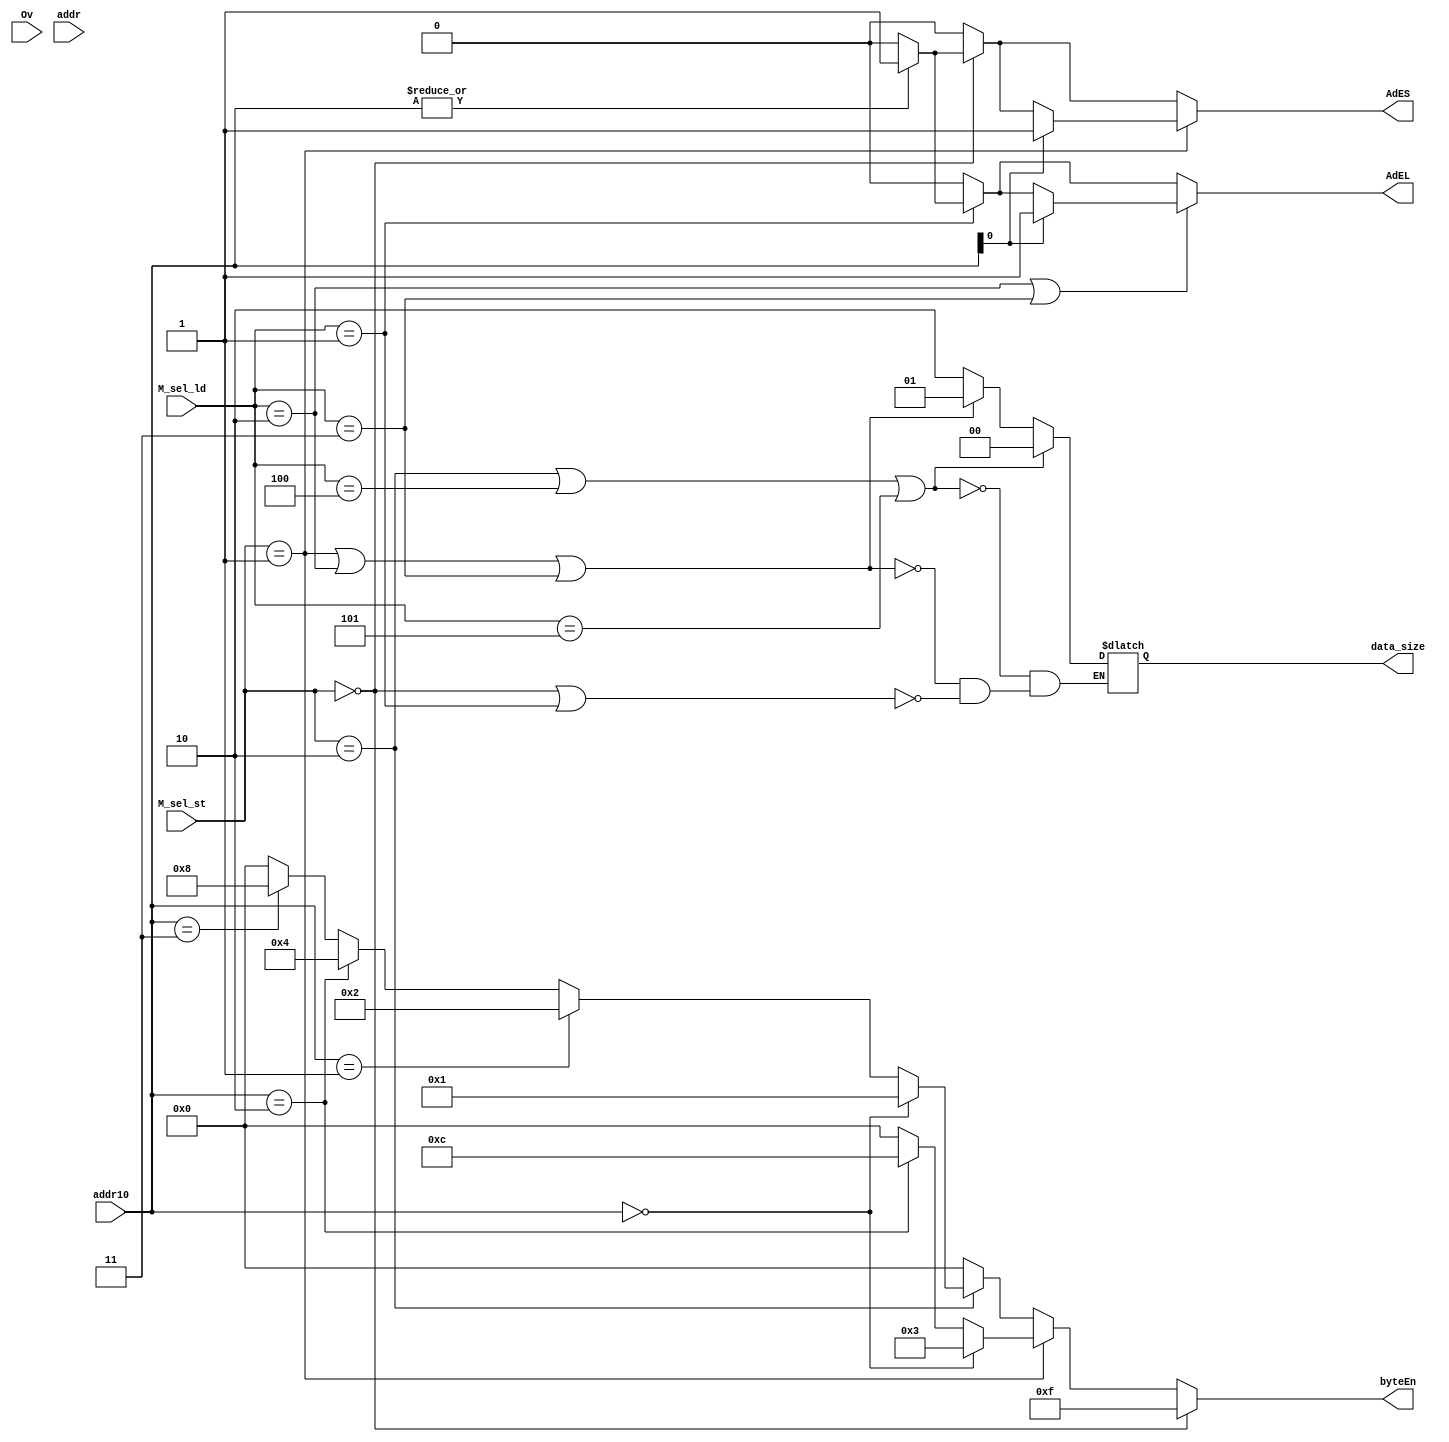
`define sw 2'b00
`define sh 2'b01
`define sb 2'b10

`define lw  3'd1
`define lh  3'd2
`define lhu 3'd3
`define lb  3'd4
`define lbu 3'd5


module M_BE (
    input        Ov,
    input  [31:0]addr,
    output reg  AdES,
    output reg  AdEL,
    output reg [1:0]  data_size,

    input  [1:0] M_sel_st,
    input  [2:0] M_sel_ld,

    input  [1:0] addr10,
    output [3:0] byteEn
);
    assign byteEn = (M_sel_st == `sw) ? 4'b1111 :
                    (M_sel_st == `sh) ? (
                        (addr10 == 2'b00) ? 4'b0011 :
                        (addr10 == 2'b10) ? 4'b1100 : 4'b0
                    ) :
                    (M_sel_st == `sb) ? (
                        (addr10 == 2'b00) ? 4'b0001 :
                        (addr10 == 2'b01) ? 4'b0010 : 
                        (addr10 == 2'b10) ? 4'b0100 :
                        (addr10 == 2'b11) ? 4'b1000 : 4'b0
                    ) : 4'b0000;


    always @(*) begin
        AdES = 0;
        AdEL = 0;

        if (M_sel_st == `sw || M_sel_ld == `lw) 
            data_size = 2'b10;
        if (M_sel_st == `sh || M_sel_ld == `lh || M_sel_ld == `lhu)
            data_size = 2'b01;
        if (M_sel_st == `sb || M_sel_ld == `lb || M_sel_ld == `lbu)
            data_size = 2'b00;



        if (M_sel_st == `sw) begin          //
            if (|addr10[1:0])  AdES = 1'b1;
        end
        if (M_sel_st == `sh) begin          //
            if (addr10[0])  AdES = 1'b1;
        end

        if (M_sel_ld == `lw) begin          //
            if (|addr10[1:0])  AdEL = 1'b1;
        end
        if (M_sel_ld == `lh || M_sel_ld == `lhu) begin          //
            if (addr10[0])  AdEL = 1'b1;
        end


        // if (M_sel_st == `sh || M_sel_st == `sb) begin   // save timer with sb & sh
        //     if ((addr >= 32'h7f00 && addr <= 32'h7f0b)
        //       ||(addr >= 32'h7f10 && addr <= 32'h7f1b)) AdES = 1'b1;
        // end
        // if (M_sel_st == `sw || M_sel_st == `sh || M_sel_st == `sb) begin 
        //     if ((addr >= 32'h7f08 && addr <= 32'h7f0b)      // save timer.count with store
        //       ||(addr >= 32'h7f18 && addr <= 32'h7f1b)) AdES = 1'b1;
        //     if (Ov) AdES = 1'b1;                            // arch overflow
        //     if (!((addr >= 32'h7f00 && addr <= 32'h7f0b)    // addr overflow  
        //       ||(addr >= 32'h7f10 && addr <= 32'h7f1b)
        //       ||(addr >= 32'h0000 && addr <= 32'h2fff)
        //       ||(addr >= 32'h7f20 && addr <= 32'h7f23))) AdES = 1'b1;
        // end

    end
endmodule  //M_BE